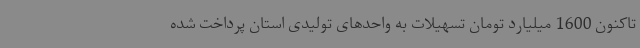
تاکنون 1600 میلیارد تومان تسهیلات به واحدهای تولیدی استان پرداخت شده